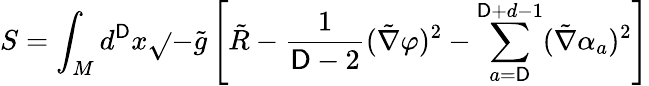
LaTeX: S=\int_{M}d^{\mathsf{D}}x\sqrt{}{{-\tilde{{g}}}}\left[\tilde{{R}}-{\frac{{1}}{{\mathsf{D}-2}}}(\tilde{{\nabla}}\varphi)^{2}-\sum_{a=\mathsf{D}}^{\mathsf{D}+d-1}(\tilde{{\nabla}}\alpha_{a})^{2}\right]